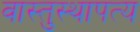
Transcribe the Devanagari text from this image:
वास्तुस्थापत्य